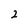
Character: 2